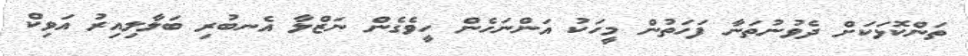
ތަންކޮޅަކަށް ދެވުނުތަނާ ފަހަތުން މީހަކު އަންނަހެން ހީވެގެން ނަޒްލާ އެނބުރި ބަލާލިއިރު އަވިކް